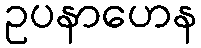
ဥပနာဟေန